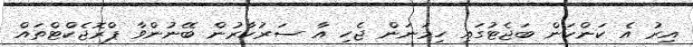
އިރު އެ ކަންކަން ބަޖެޓުގައި ހިމަނަން ޖެހި އާ ސަރުކާރުން ބޭނުންވާ ޕްރޮޖެކްޓްތައް